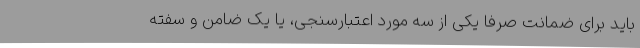
باید برای ضمانت صرفاً یکی از سه مورد اعتبارسنجی، یا یک ضامن و سفته